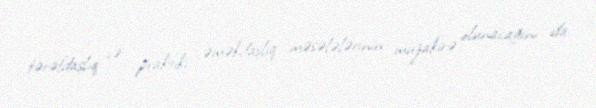
tərəfdaşlıq və praktiki əməkdaşlıq məsələlərinin müzakirə olunacağını da